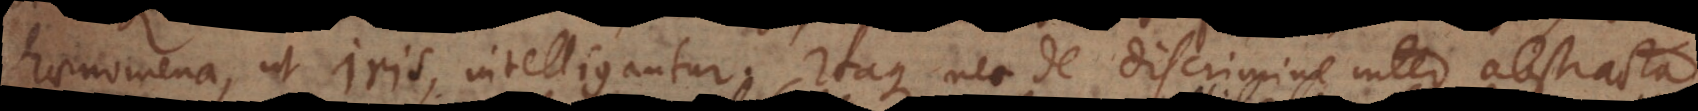
phaenomena, ut Iris, intelligantur.Itaque nec de discrimine inter abstracta